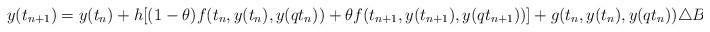
\begin{align*} y(t_{n+1})=y(t_n)+h[(1-\theta)f(t_n,y(t_n),y(qt_n))+\theta f(t_{n+1},y(t_{n+1}),y(qt_{n+1}))]+g(t_n,y(t_n),y(qt_n))\triangle B_n,\end{align*}